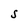
Character: S